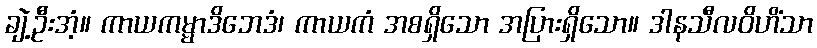
ချဲ့ဦးအံ့။ ကာယကမ္မာဒိဘေဒံ၊ ကာယကံ အစရှိသော အပြားရှိသော။ ဒါနသီလဝိဟိံသာ